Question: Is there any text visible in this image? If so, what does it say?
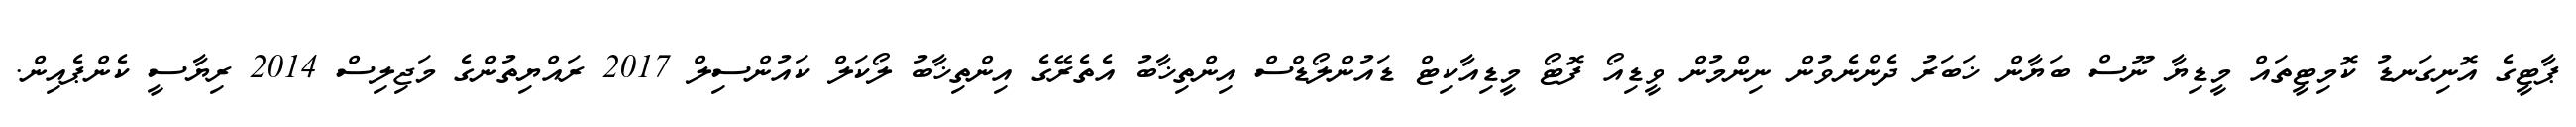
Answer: ޕާޓީގެ އޮނިގަނޑު ކޮމިޓީތައް މީޑިޔާ ނޫސް ބަޔާން ޚަބަރު ދެންނެވުން ނިންމުން ވީޑިއޯ ފޮޓޯ މީޑިއާކިޓް ޑައުންލޯޑްސް އިންތިޚާބު އެތެރޭގެ އިންތިޚާބު ލޯކަލް ކައުންސިލް 2017 ރައްޔިތުންގެ މަޖިލިސް 2014 ރިޔާސީ ކެންޕެއިން.